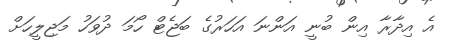
އެ އިދާރާ އިން ބުނީ އަންނަ އަހަރުގެ ބަޖެޓް ހޯމަ ދުވަހު މަޖިލީހަށް